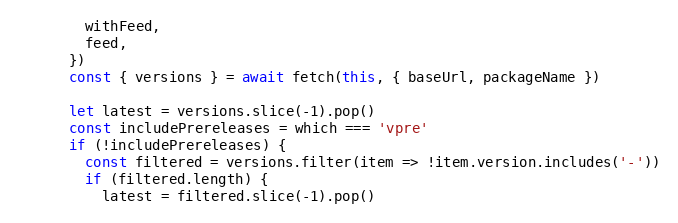
Language: JavaScript
        withFeed,
        feed,
      })
      const { versions } = await fetch(this, { baseUrl, packageName })

      let latest = versions.slice(-1).pop()
      const includePrereleases = which === 'vpre'
      if (!includePrereleases) {
        const filtered = versions.filter(item => !item.version.includes('-'))
        if (filtered.length) {
          latest = filtered.slice(-1).pop()